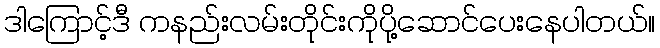
ဒါကြောင့်ဒီ ကနည်းလမ်းတိုင်းကိုပို့ဆောင်ပေးနေပါတယ်။